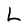
Character: L